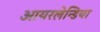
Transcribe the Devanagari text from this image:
आयरलेन्डिया